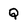
Character: Q